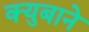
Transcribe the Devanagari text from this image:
क्युबाने